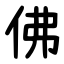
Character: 佛